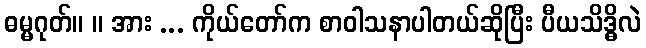
ဓမ္မဂုတ်။ ။ အား ... ကိုယ်တော်က စာဝါသနာပါတယ်ဆိုပြီး ပီယသိဒ္ဓိလဲ